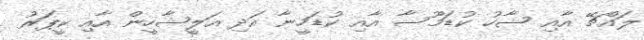
ލައްޗޭ އާއި ޝާހު ކުޑަމޫސާ އާއި ކުޑަހީނާ އަދި އަލީޝާހީން އާއި ކީޕަރު